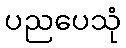
ပညပေသုံ